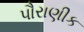
પૌરાણીક